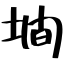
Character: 墹